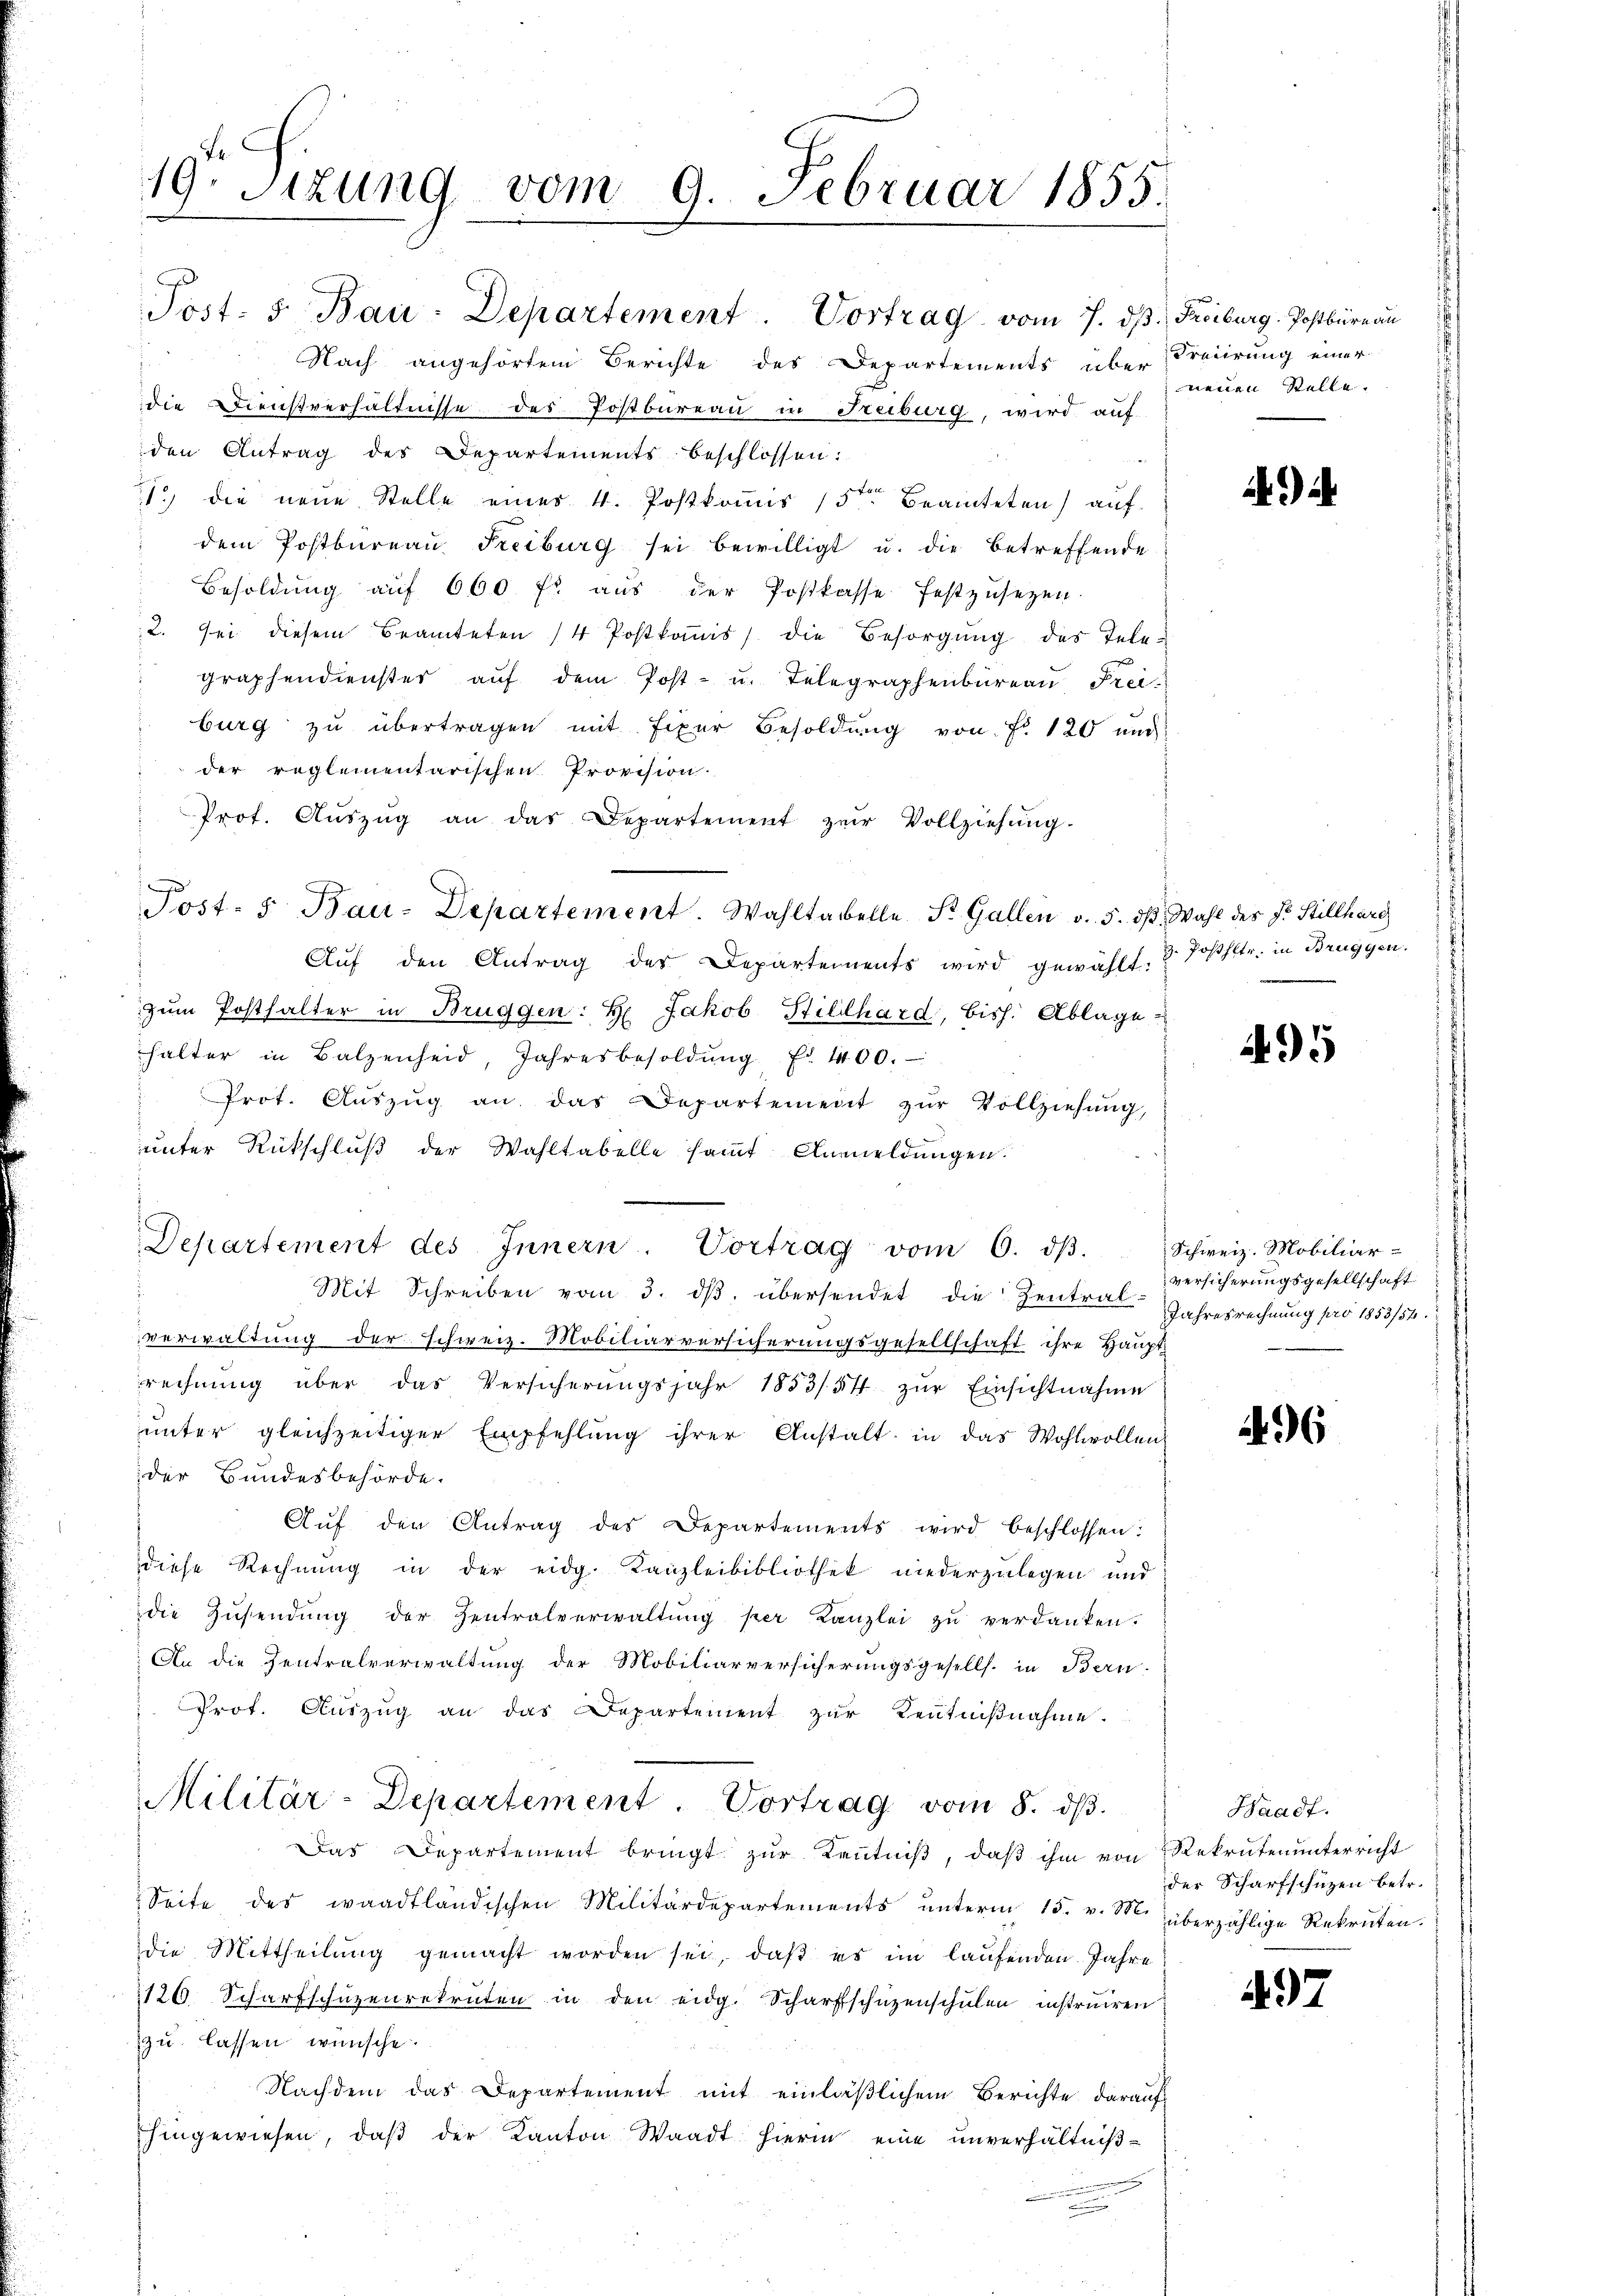
19. Sitzung vom 9. Februar 1855.

Departement des Innern. Vortrag vom 6. dβ.

Nach angehörtem Berichte des Departements über
die Dienstverhältnisse des Postbureau in Freiburg, wird auf
den Antrag des Departements beschlossen:
1) die neue Stelle einer 4. Postkommis 15ten Beamteten) auf
dem Postbüreaŭ Freiburg sei bewilligt u. die betreffende
Besoldŭng aŭf 660 fl aŭs der Postkasse festzŭsetzen.
2. Sei diesem Brauteten /4 Postkoṁis) die Besorgŭng des Telegraphendienster auf dem Post- u. Telegraphenbureau Frei-
burg zu übertragen mit fixer Besoldung von Fr. 120 und
der reglementarischen Provision.
Prot. Aŭszŭg an das Departement zur Vollziehŭng
Post- 5. Bau-Departement. Wahltabelle St. Gallen v. 5. dβ. Wahl des Fr. Stillharg
Aŭf den Antrag der Departements wird gewählt. & Josfltr. in Bruggen.
zŭm Posthalter in Brüggen: H Jakob Hillhard, bish. Ablage
halter in Balzenheid, Jahresbesoldŭng d. 100.
" Prot. Aŭszŭg an das Departement zŭr Vollziehŭng,
unter Rückschluß der Wahltabelle sammt. Anmeldungen.
Mit Schreiben vom 3. dβ übersendet die Zentral-
verwaltung der schweiz. Mobiliarversicherungsgesellschaft ihre Haupt
rechnŭng über das Versicherŭngsjahr 1883/84 zŭr Einsichtnahme
ŭnter gleichzeitiger Empfehlŭng ihrer Anstalt in das Wohlwollen
der Bundesbehörde.
Auf der Antrag des Departements wird beschlossen:
diese Rechnung in der eidg. Kanzleibibliothek niederzulegen und
die Zŭsendŭng der Zentralverwaltŭng per Kanzlei zŭ verdanken.
An die Zentralverwaltung der Mobiliarversicherungsgesells. in Bern.
" Prot. Aŭszŭg an das Departement zŭr Kentniβnahme.
Militär-Departement. Vortrag vom 8. dβ
Das Departement bringt zur Kenntniß, daß ihm von
Seite des waadtländischen Militärdepartements ŭnterm 15. v. M. überzählige Rekruten.
die Mittheilung gemacht worden sei, daß es im laufenden Jahre
120. Scharfschüzenrekruten in den eidg. Scharfschüzenschulen instruiren
zu lassen wünsche.
Nachdem das Departement mit einläßlichem Berichte darauf
hingewiesen, daß der Kanton Waadt hierin eine unverhältnißrennung

Post. 5. Bau-Departement. Vortrag vom 7. ds Freiburg. Postbüreau

Freiirung einer
neuen Stelle.

)

495

Schweiz. Mobiliar-
versicherungsgesellschaft
Jahresrechnung pro 1853/52.

296

Waadt.
Rekruten unterricht
der Scharfschuzen betr.

497